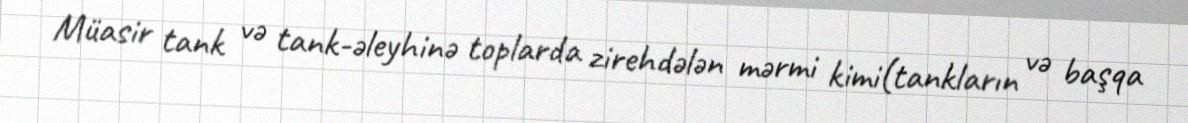
Müasir tank və tank-əleyhinə toplarda zirehdələn mərmi kimi(tankların və başqa